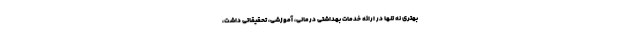
بهتری نه تنها در ارائه خدمات بهداشتی درمانی، آموزشی، تحقیقاتی داشت،